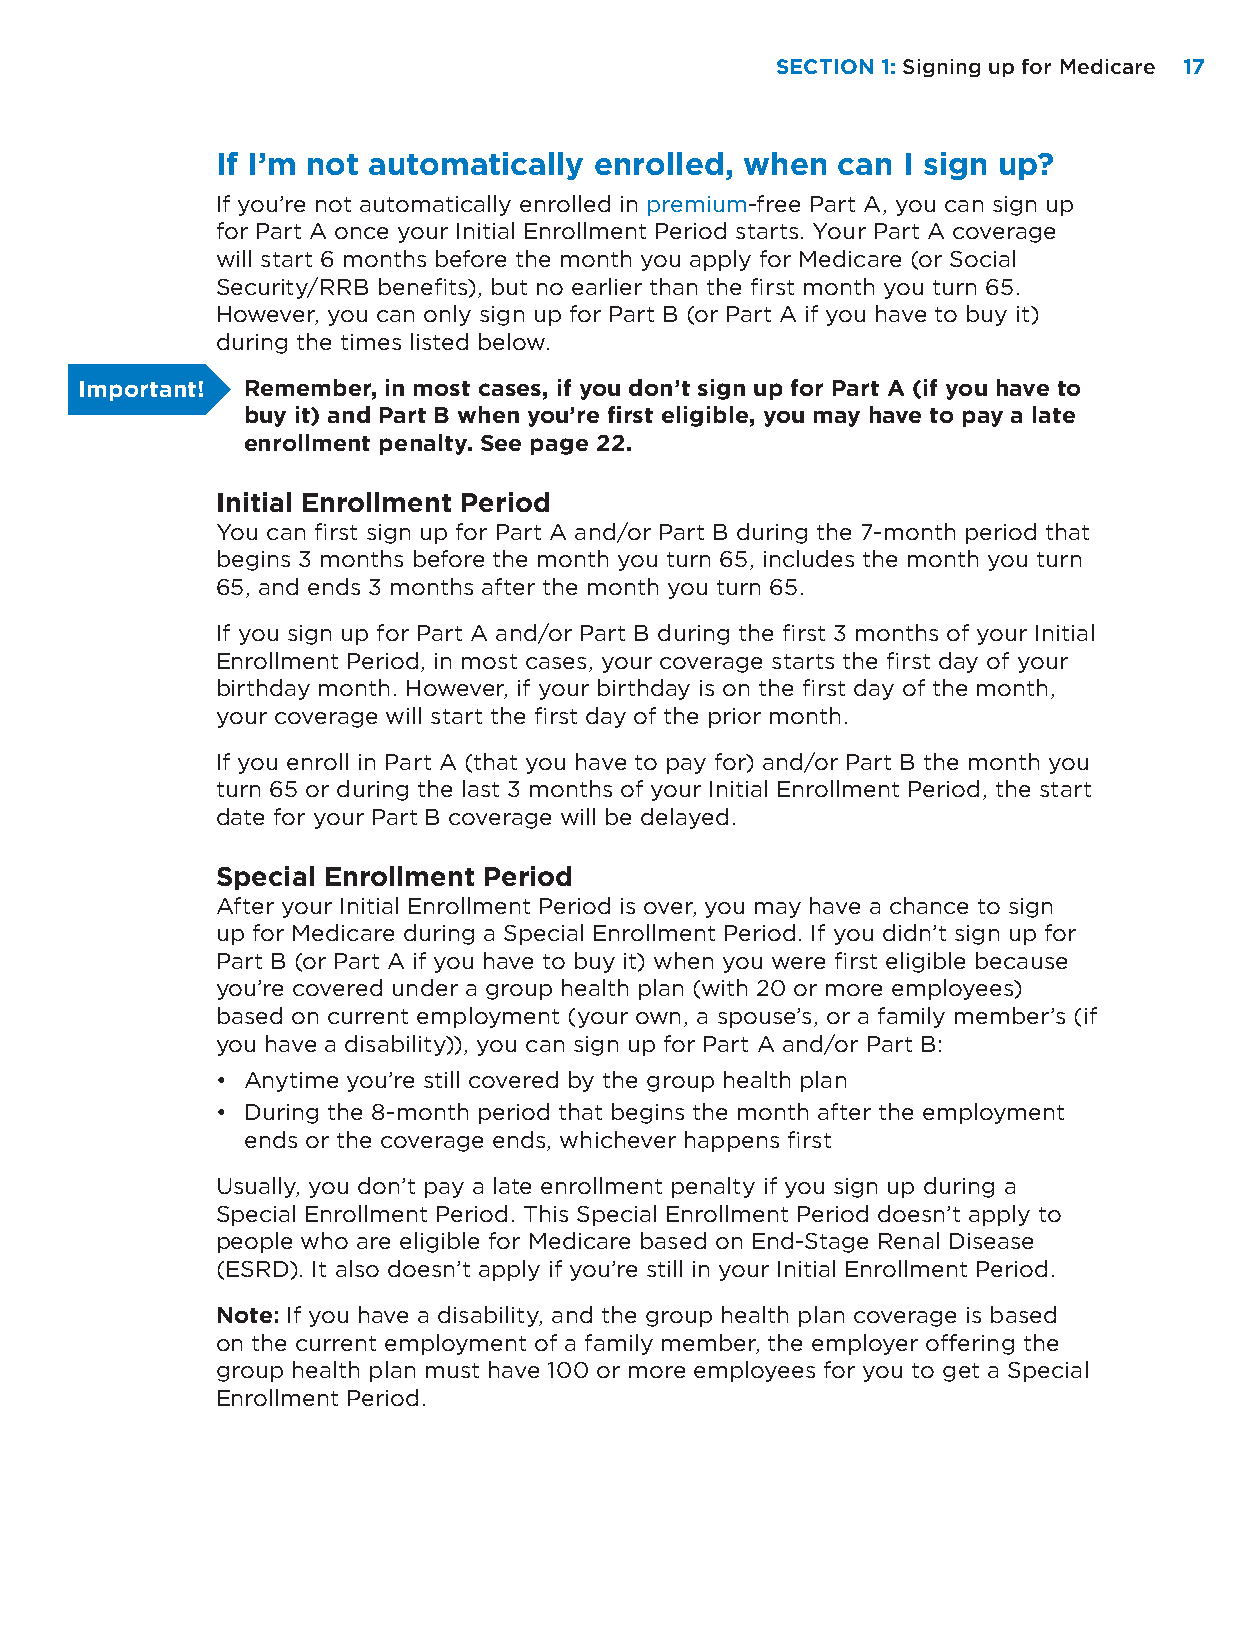
SECTION 1: Signing up for Medicare 1177
 If I’m not automatically enrolled, when  can  I sign up?
 If you’re not automatically enrolled in premium-free Part A, you can sign up
 for Part A once your Initial Enrollment Period starts. Your Part A coverage
 will start 6 months before the month you apply for Medicare (or Social
 Security/RRB benefits), but no earlier than the first month you turn 65.
 However, you can only sign up for Part B (or Part A if you have to buy it)
 during the times listed below.
 Important! Remember, in most cases, if you don’t sign up for Part A (if you have to
 buy it) and Part B when you’re first eligible, you may have to pay a late
 enrollment penalty. See page 22.
 Initial Enrollment Period
 You can first sign up for Part A and/or Part B during the 7-month period that
 begins 3 months before the month you turn 65, includes the month you turn
 65, and ends 3 months after the month you turn 65.
 If you sign up for Part A and/or Part B during the first 3 months of your Initial
 Enrollment Period, in most cases, your coverage starts the first day of your
 birthday month. However, if your birthday is on the first day of the month,
 your coverage will start the first day of the prior month.
 If you enroll in Part A (that you have to pay for) and/or Part B the month you
 turn 65 or during the last 3 months of your Initial Enrollment Period, the start
 date for your Part B coverage will be delayed.
 Special Enrollment Period
 After your Initial Enrollment Period is over, you may have a chance to sign
 up for Medicare during a Special Enrollment Period. If you didn’t sign up for
 Part B (or Part A if you have to buy it) when you were first eligible because
 you’re covered under a group health plan (with 20 or more employees)
 based on current employment (your own, a spouse’s, or a family member’s (if
 you have a disability)), you can sign up for Part A and/or Part B:
 • Anytime you’re still covered by the group health plan
 • During the 8-month period that begins the month after the employment
 ends or the coverage ends, whichever happens first
 Usually, you don’t pay a late enrollment penalty if you sign up during a
 Special Enrollment Period. This Special Enrollment Period doesn’t apply to
 people who are eligible for Medicare based on End-Stage Renal Disease
 (ESRD). It also doesn’t apply if you’re still in your Initial Enrollment Period.
 Note: If you have a disability, and the group health plan coverage is based
 on the current employment of a family member, the employer offering the
 group health plan must have 100 or more employees for you to get a Special
 Enrollment Period.